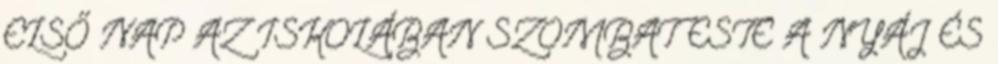
ELSŐ NAP AZ ISKOLÁBAN SZOMBAT ESTE A NYÁJ ÉS